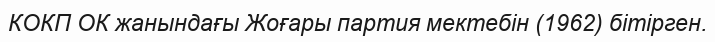
КОКП ОК жанындағы Жоғары партия мектебін (1962) бітірген.